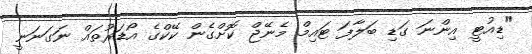
"ޑިއުޓީ އިންނަ ގަޑި ބަލާފަ ޓައިމް މެނޭޖް ކޮށްގެން ކޭކްގެ އޯޑަރުތައް ނަގަނަނީ